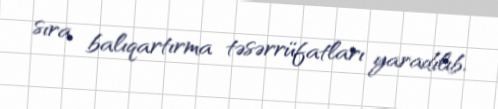
sıra balıqartırma təsərrüfatları yaradılıb.